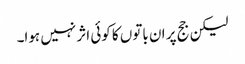
لیکن جج پر ان باتوں کا کوئی اثر نہیں ہوا۔